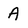
Character: A